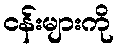
ငန်းများကို